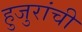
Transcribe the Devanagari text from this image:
हुजुरांची